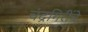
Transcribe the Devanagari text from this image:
चंद्रगिरींचे